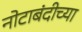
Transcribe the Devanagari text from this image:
नोटाबंदीच्या